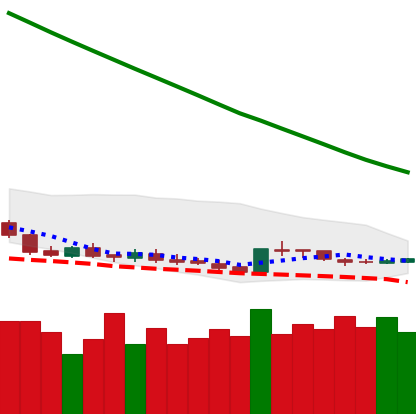
Ticker: DOGE-USD
Chart end date: 2019-02-15
Forward return: 8.962%
Label: up_7plus